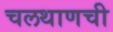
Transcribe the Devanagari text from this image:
चलथाणची